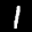
Label: 1